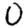
Digit: 0